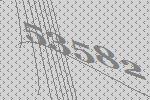
53582